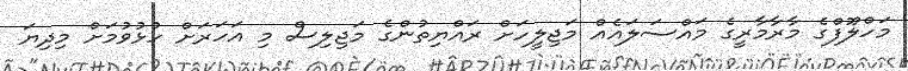
މަހްލޫފްގެ މާރާމާރީގެ މައްސަލައެއް މަޖިލީހަށް ރައްޔިތުންގެ މަޖިލިސް މި އަހަރަށް ހުޅުވުމަށް މިދިޔަ